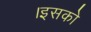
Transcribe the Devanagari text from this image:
।इसको